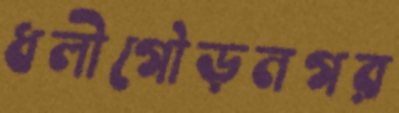
ধলীগৌড়নগর